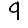
Digit: 9